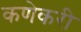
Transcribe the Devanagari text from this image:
कणेकरी